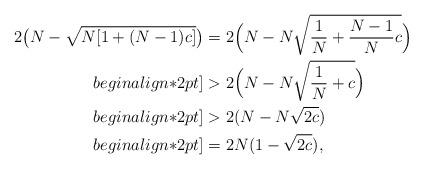
LaTeX: \begin{align*}2\big(N-\sqrt{N[1+(N-1)c]}\big)&=2\Big(N-N\sqrt{\frac{1}{N}+\frac{N-1}{N}c}\Big)\\begin{align*}2 pt]&>2\Big(N-N\sqrt{\frac{1}{N}+c}\Big)\\begin{align*}2 pt]&>2(N-N\sqrt{2c})\\begin{align*}2 pt]&=2N(1-\sqrt{2c}),\end{align*}